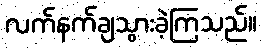
လက်နက်ချသွားခဲ့ကြသည်။